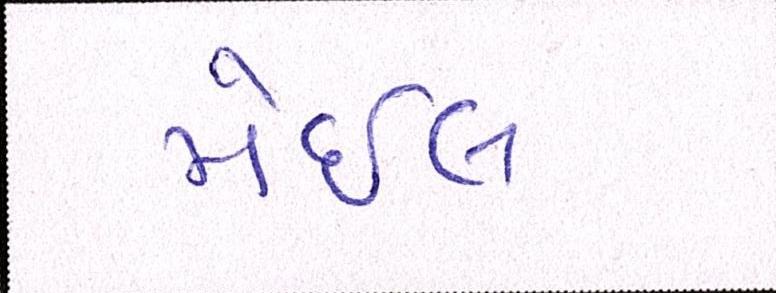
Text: મેઈલ